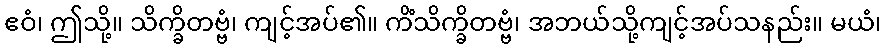
ဧဝံ၊ ဤသို့။ သိက္ခိတဗ္ဗံ၊ ကျင့်အပ်၏။ ကိံသိက္ခိတဗ္ဗံ၊ အဘယ်သို့ကျင့်အပ်သနည်း။ မယံ၊